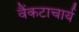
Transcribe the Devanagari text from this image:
वैंकटाचार्य